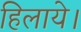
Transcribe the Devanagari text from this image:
हिलाये।